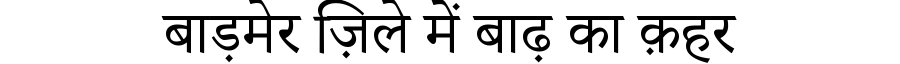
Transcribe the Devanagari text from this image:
बाड़मेर ज़िले में बाढ़ का क़हर